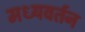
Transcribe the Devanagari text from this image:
मध्यवर्तन